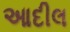
આદીલ